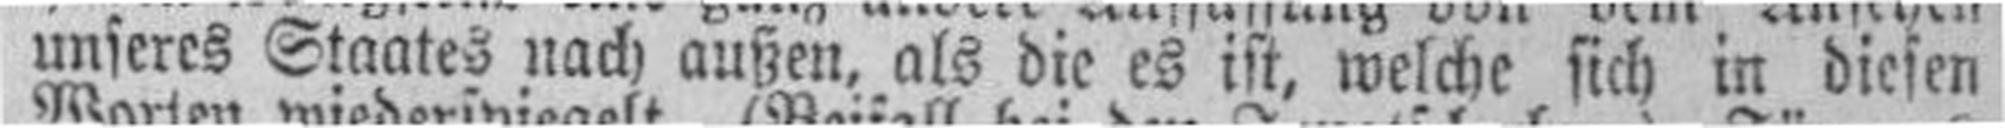
unseres Staates nach außen, als die es ist, welche sich in diesen